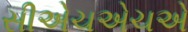
સીએચએચએ